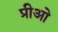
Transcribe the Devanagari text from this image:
प्रीओ